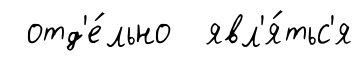
отд'е́льно явл'я́тьс'я